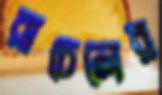
রাচেলের